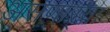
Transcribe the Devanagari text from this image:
असणा़ऱ्या